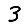
Digit: 3